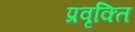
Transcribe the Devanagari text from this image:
प्रवृक्ति